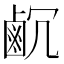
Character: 𪉛